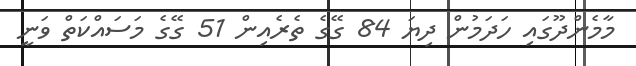
މާމެންދޫގައި ހަދަމުން ދިޔަ 84 ގޭގެ ތެރެއިން 51 ގޭގެ މަސައްކަތް ވަނީ